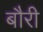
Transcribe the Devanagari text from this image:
बौरी